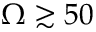
\Omega \gtrsim 5 0